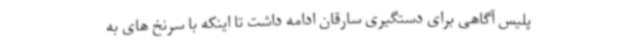
پلیس آگاهی برای دستگیری سارقان ادامه داشت تا اینکه با سرنخ های به